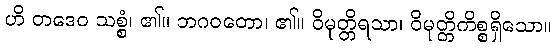
ဟိ တဒေဝ သစ္စံ၊ ၏။ ဘဂဝတော၊ ၏။ ဝိမုတ္တိရသာ၊ ဝိမုတ္တိကိစ္စရှိသော။